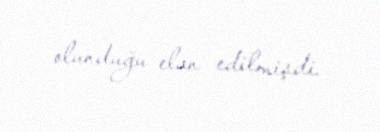
olunduğu elan edilmişdi.